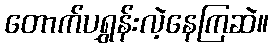
တောက်ပရွှန်းလဲ့နေကြဆဲ။